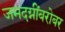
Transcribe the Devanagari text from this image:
जमदग्नींबरोबर